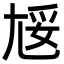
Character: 㞂